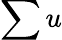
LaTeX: \sum u